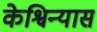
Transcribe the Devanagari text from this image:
केश्विन्यास